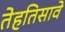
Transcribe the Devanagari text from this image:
तेहतिसावे